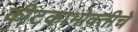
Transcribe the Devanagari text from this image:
कीटकाभोवतीचे